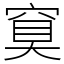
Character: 䆩